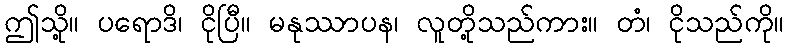
ဤသို့။ ပရောဒိ၊ ငိုပြီ။ မနုဿာပန၊ လူတို့သည်ကား။ တံ၊ ငိုသည်ကို။